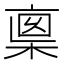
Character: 𠅺